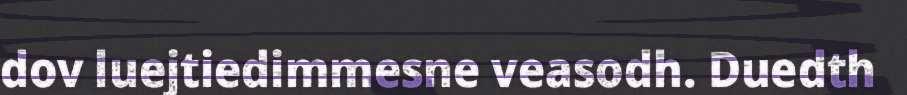
dov luejtiedimmesne veasodh. Duedth